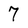
Character: 7